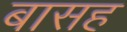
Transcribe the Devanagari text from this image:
बासह